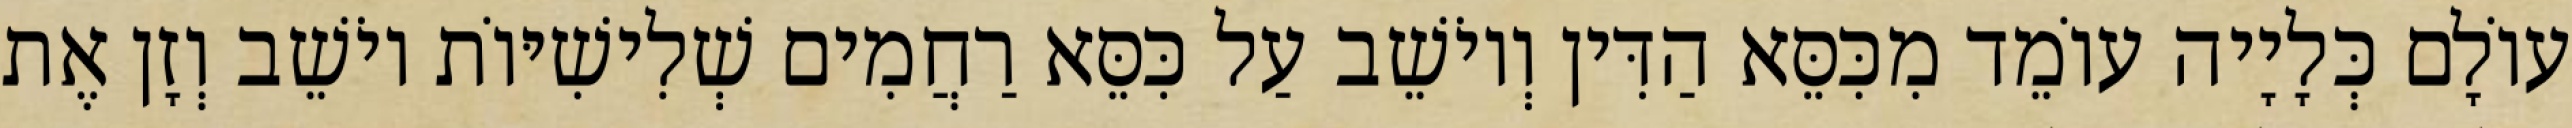
עוֹלָם כְּלָיָיה עוֹמֵד מִכִּסֵּא הַדִּין וְיוֹשֵׁב עַל כִּסֵּא רַחֲמִים שְׁלִישִׁיּוֹת יוֹשֵׁב וְזָן אֶת